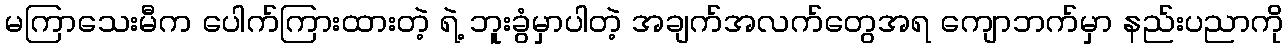
မကြာသေးမီက ပေါက်ကြားထားတဲ့ ရဲ့ ဘူးခွံမှာပါတဲ့ အချက်အလက်တွေအရ ကျောဘက်မှာ နည်းပညာကို